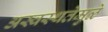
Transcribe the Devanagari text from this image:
अस्वस्थतेमुळे